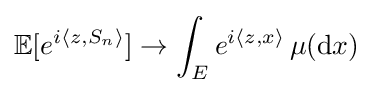
\mathbb {E} [e^{i\langle z,S_{n}\rangle }]\to \int _{E}e^{i\langle z,x\rangle }\,\mu (\mathrm {d} x)